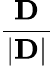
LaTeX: \frac{\mathbf{D}}{|\mathbf{D}|}